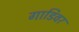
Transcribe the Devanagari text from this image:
गाडिवर